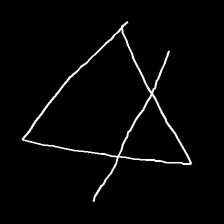
Glyph: empower